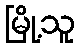
မြို့သူ